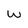
Character: w